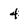
Character: 4